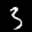
Label: 3